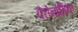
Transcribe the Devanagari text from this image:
पैरोनामिक